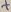
Text: +